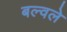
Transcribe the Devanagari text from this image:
बल्वले